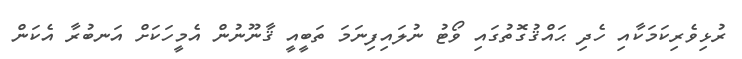
ރުޅިވެރިކަމަކާއި ހެދި ޙައްޤުގޮތުގައި ވޯޓު ނުލައިފިނަމަ ތަބީއީ ޤާނޫނުން އެމީހަކަށް އަނބުރާ އެކަން